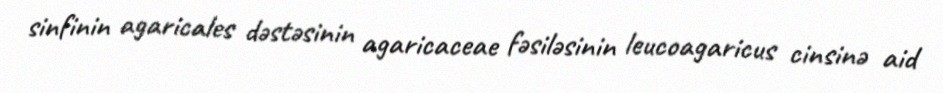
sinfinin agaricales dəstəsinin agaricaceae fəsiləsinin leucoagaricus cinsinə aid